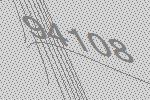
94108